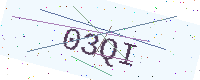
Text: 03QI